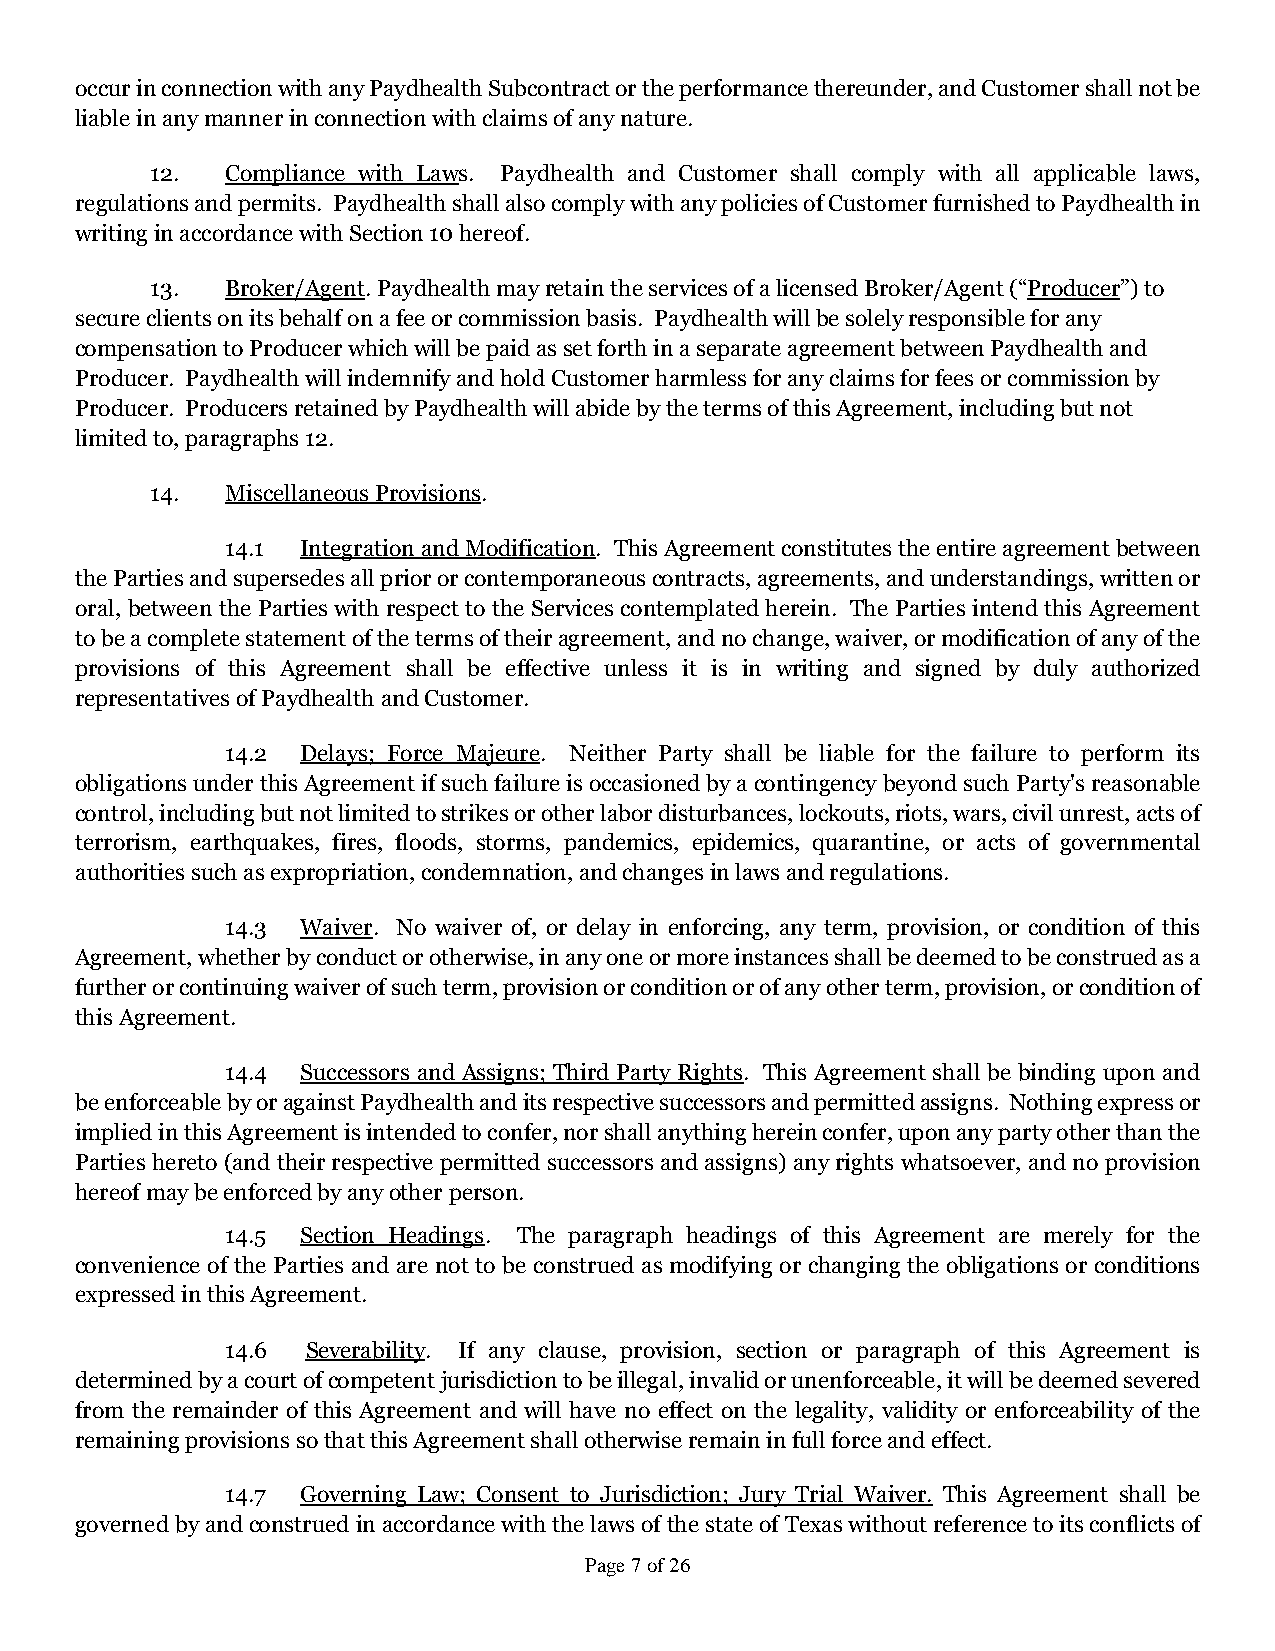
occur in connection with any Paydhealth Subcontract or the performance thereunder, and Customer shall not be
 liable in any manner in connection with claims of any nature.
 12.  Compliance with Laws. Paydhealth and Customer shall comply with all applicable laws,
 regulations and permits. Paydhealth shall also comply with any policies of Customer furnished to Paydhealth in
 writing in accordance with Section 10 hereof.
 13.  Broker/Agent. Paydhealth may retain the services of a licensed Broker/Agent (“Producer”) to
 secure clients on its behalf on a fee or commission basis. Paydhealth will be solely responsible for any
 compensation to Producer which will be paid as set forth in a separate agreement between Paydhealth and
 Producer. Paydhealth will indemnify and hold Customer harmless for any claims for fees or commission by
 Producer. Producers retained by Paydhealth will abide by the terms of this Agreement, including but not
 limited to, paragraphs 12.
 14.  Miscellaneous Provisions.
 14.1 Integration and Modification. This Agreement constitutes the entire agreement between
 the Parties and supersedes all prior or contemporaneous contracts, agreements, and understandings, written or
 oral, between the Parties with respect to the Services contemplated herein. The Parties intend this Agreement
 to be a complete statement of the terms of their agreement, and no change, waiver, or modification of any of the
 provisions of this Agreement shall be effective unless it is in writing and signed by duly authorized
 representatives of Paydhealth and Customer.
 14.2 Delays; Force Majeure. Neither Party shall be liable for the failure to perform its
 obligations under this Agreement if such failure is occasioned by a contingency beyond such Party's reasonable
 control, including but not limited to strikes or other labor disturbances, lockouts, riots, wars, civil unrest, acts of
 terrorism, earthquakes, fires, floods, storms, pandemics, epidemics, quarantine, or acts of governmental
 authorities such as expropriation, condemnation, and changes in laws and regulations.
 14.3 Waiver. No waiver of, or delay in enforcing, any term, provision, or condition of this
 Agreement, whether by conduct or otherwise, in any one or more instances shall be deemed to be construed as a
 further or continuing waiver of such term, provision or condition or of any other term, provision, or condition of
 this Agreement.
 14.4 Successors and Assigns; Third Party Rights. This Agreement shall be binding upon and
 be enforceable by or against Paydhealth and its respective successors and permitted assigns. Nothing express or
 implied in this Agreement is intended to confer, nor shall anything herein confer, upon any party other than the
 Parties hereto (and their respective permitted successors and assigns) any rights whatsoever, and no provision
 hereof may be enforced by any other person.
 14.5 Section Headings. The paragraph headings of this Agreement are merely for the
 convenience of the Parties and are not to be construed as modifying or changing the obligations or conditions
 expressed in this Agreement.
 14.6 Severability. If any clause, provision, section or paragraph of this Agreement is
 determined by a court of competent jurisdiction to be illegal, invalid or unenforceable, it will be deemed severed
 from the remainder of this Agreement and will have no effect on the legality, validity or enforceability of the
 remaining provisions so that this Agreement shall otherwise remain in full force and effect.
 14.7 Governing Law; Consent to Jurisdiction; Jury Trial Waiver. This Agreement shall be
 governed by and construed in accordance with the laws of the state of Texas without reference to its conflicts of
 Page 7 of 26